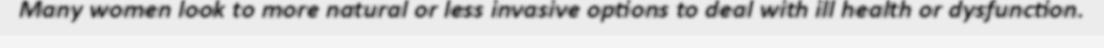
Many women look to more natural or less invasive options to deal with ill health or dysfunction.